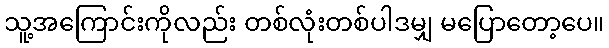
သူ့အကြောင်းကိုလည်း တစ်လုံးတစ်ပါဒမျှ မပြောတော့ပေ။